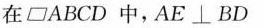
在□ABCD中，AE\botBD